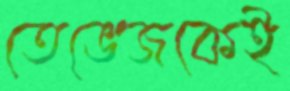
তেভেজকেই